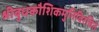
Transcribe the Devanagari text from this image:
श्रीबुधकौशिकमुनिविरचितं